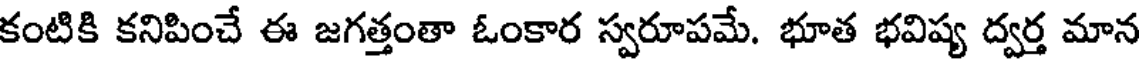
కంటికి కనిపించే ఈ జగత్తంతా ఓంకార స్వరూపమే. భూత భవిష్య ద్వర్త మాన